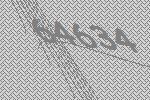
64634